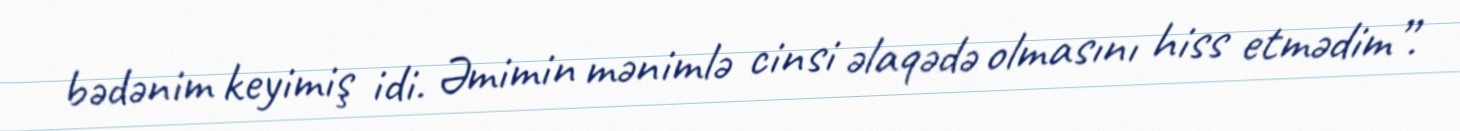
bədənim keyimiş idi. Əmimin mənimlə cinsi əlaqədə olmasını hiss etmədim”.